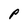
Character: p